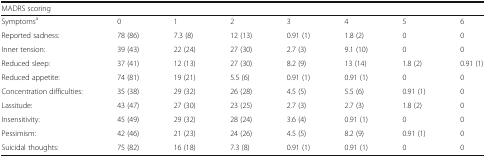
<table><thead><tr><td colspan="8"><b>MADRS scoring</b></td></tr></thead><tbody><tr><td>Symptoms<sup>a</sup></td><td>0</td><td>1</td><td>2</td><td>3</td><td>4</td><td>5</td><td>6</td></tr><tr><td>Reported sadness:</td><td>78 (86)</td><td>7.3 (8)</td><td>12 (13)</td><td>0.91 (1)</td><td>1.8 (2)</td><td>0</td><td>0</td></tr><tr><td>Inner tension:</td><td>39 (43)</td><td>22 (24)</td><td>27 (30)</td><td>2.7 (3)</td><td>9.1 (10)</td><td>0</td><td>0</td></tr><tr><td>Reduced sleep:</td><td>37 (41)</td><td>12 (13)</td><td>27 (30)</td><td>8.2 (9)</td><td>13 (14)</td><td>1.8 (2)</td><td>0.91 (1)</td></tr><tr><td>Reduced appetite:</td><td>74 (81)</td><td>19 (21)</td><td>5.5 (6)</td><td>0.91 (1)</td><td>0.91 (1)</td><td>0</td><td>0</td></tr><tr><td>Concentration difficulties:</td><td>35 (38)</td><td>29 (32)</td><td>26 (28)</td><td>4.5 (5)</td><td>5.5 (6)</td><td>0.91 (1)</td><td>0</td></tr><tr><td>Lassitude:</td><td>43 (47)</td><td>27 (30)</td><td>23 (25)</td><td>2.7 (3)</td><td>2.7 (3)</td><td>1.8 (2)</td><td>0</td></tr><tr><td>Insensitivity:</td><td>45 (49)</td><td>29 (32)</td><td>28 (24)</td><td>3.6 (4)</td><td>0.91 (1)</td><td>0</td><td>0</td></tr><tr><td>Pessimism:</td><td>42 (46)</td><td>21 (23)</td><td>24 (26)</td><td>4.5 (5)</td><td>8.2 (9)</td><td>0.91 (1)</td><td>0</td></tr><tr><td>Suicidal thoughts:</td><td>75 (82)</td><td>16 (18)</td><td>7.3 (8)</td><td>0.91 (1)</td><td>0.91 (1)</td><td>0</td><td>0</td></tr></tbody></table>